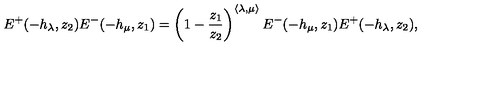
E ^ { + } ( - h _ { \lambda } , z _ { 2 } ) E ^ { - } ( - h _ { \mu } , z _ { 1 } ) = \left( 1 - \frac { z _ { 1 } } { z _ { 2 } } \right) ^ { \langle \lambda , \mu \rangle } E ^ { - } ( - h _ { \mu } , z _ { 1 } ) E ^ { + } ( - h _ { \lambda } , z _ { 2 } ) ,